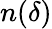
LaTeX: n(\delta)